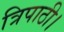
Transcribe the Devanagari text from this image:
त्रिपाठी।